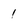
Character: 1